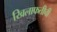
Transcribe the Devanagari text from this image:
खिलाफतीची